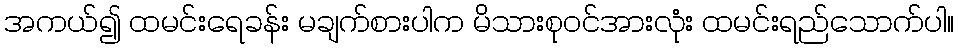
အကယ်၍ ထမင်းရေခန်း မချက်စားပါက မိသားစုဝင်အားလုံး ထမင်းရည်သောက်ပါ။